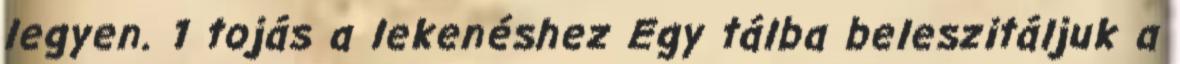
legyen. 1 tojás a lekenéshez Egy tálba beleszitáljuk a